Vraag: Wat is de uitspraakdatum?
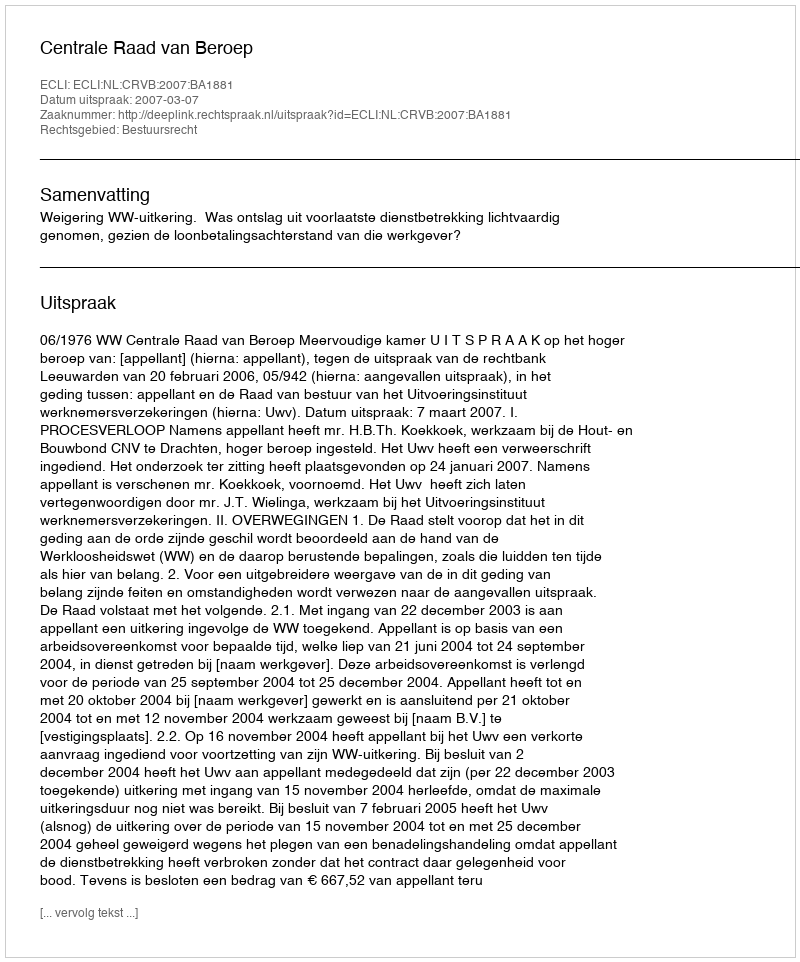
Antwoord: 2007-03-07